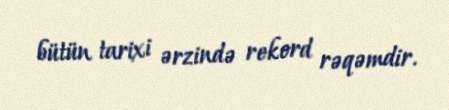
bütün tarixi ərzində rekord rəqəmdir.